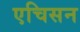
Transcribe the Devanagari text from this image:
एचिसन